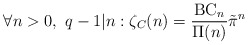
\begin{align*}\forall n>0,~ q-1|n: \zeta_C(n)=\frac{\operatorname{BC}_n}{\Pi(n)}\tilde{\pi}^n\end{align*}